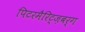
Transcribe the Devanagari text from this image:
पिटरमैरिट्ज़बर्ग